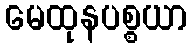
မေထုနပစ္စယာ